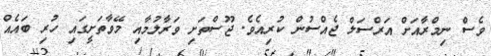
ވެސް ނިމްރާއަށް އަރްސަލް ޖެއްސުން ކުރިއެވެ. ޖޫސްތަށި ވަރާލުމާއި މޭވާތަށީގައި ހުރި ބައެއް